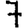
Digit: 7